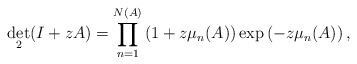
\begin{align*}\det_{2}(I+zA)=\prod_{n=1}^{N(A)}\left(1+z\mu_{n}(A)\right)\exp\left(-z\mu_{n}(A)\right),\end{align*}